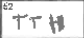
Transcription: TTH